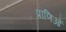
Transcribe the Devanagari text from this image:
प्राणिओं